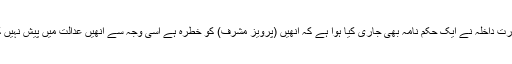
’’وزرارت داخلہ نے ایک حکم نامہ بھی جاری کیا ہوا ہے کہ اُنھیں (پرویز مشرف) کو خطرہ ہے اسی وجہ سے اُنھیں عدالت میں پیش نہیں کیا گیا۔